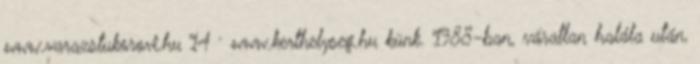
www.varazstukorovi.hu 14 · www.kerthelyseg.hu künk. 1988-ban, váratlan halála után,